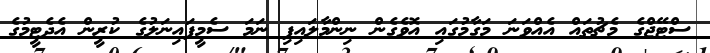
ސްޓޭޖްގެ މެޗުތައް އެއްވަނަ މަގާމުގައި އޮވެގެން ނިންމާލައިފި ނަމަ ސެމީފައިނަލުގެ ކުރީން އެދެޓީމުގެ